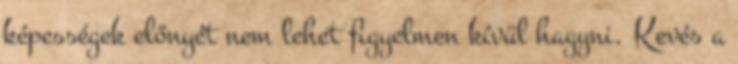
képességek előnyét nem lehet figyelmen kívül hagyni. Kevés a